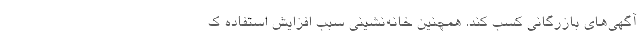
آگهی‌های بازرگانی کسب کند. همچنین خانه‌نشینی سبب افزایش استفاده ک